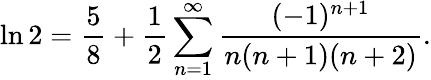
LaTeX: \ln 2={\frac{5}{8}}+{\frac{1}{2}}\sum_{n=1}^{\infty}{\frac{(-1)^{n+1}}{n(n+1)(n+2)}}.